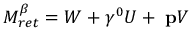
M _ { r e t } ^ { \beta } = W + \gamma ^ { 0 } U + { \bf \gamma p } V